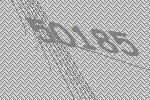
50185